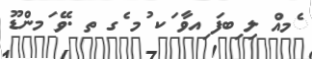
ެމއް ލި ިބފަ ިއވާ ަކ ުމ ެގ ތ .ވޭ ަމންޑޫ